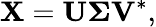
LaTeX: \mathbf{X}=\mathbf{U}\boldsymbol{\Sigma}\mathbf{V}^{*},